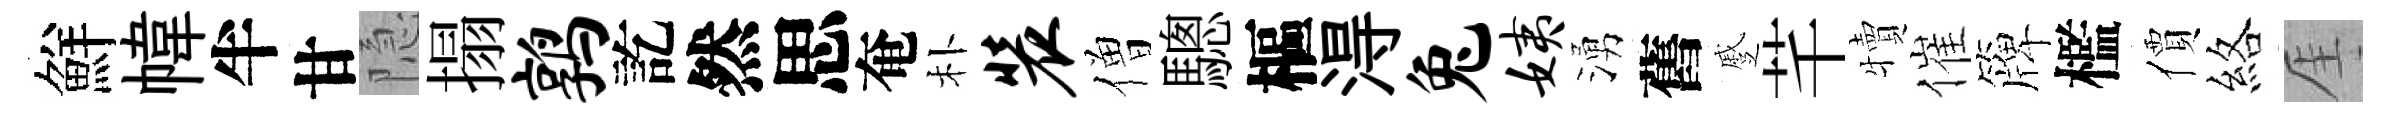
鮮幃半甘隐搨鹑訖然思奄朴装僧驄樞淂兔姨湧舊蹙芊犢催簰檻價絡厓